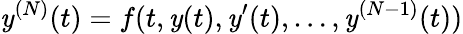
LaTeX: \mathit{y}^{(N)}(t)=f(t,\mathit{y}(t),\mathit{y}^{\prime}(t),\ldots,\mathit{y}^{(N-1)}(t))